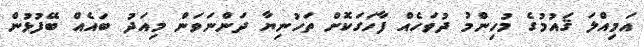
އަމިއްލަ ޤައުމުގެ މުހިންމު ދުވަހެއް ފާހަގަކޮށް ތަހުނިޔާ ދަންނަވަން މިއަދު ބައެއް ބޭފުޅުން